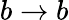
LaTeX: b\rightarrow b